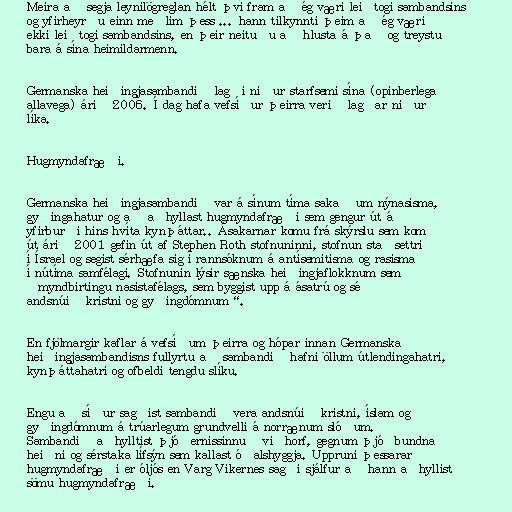
Meira að segja leynilögreglan hélt því fram að ég væri leiðtogi sambandsins
og yfirheyrðu einn meðlim þess ... hann tilkynnti þeim að ég væri
ekki leiðtogi sambandsins, en þeir neituðu að hlusta á það og treystu
bara á sína heimildarmenn.

Germanska heiðingjasambandið lagði niður starfsemi sína (opinberlega
allavega) árið 2006. Í dag hafa vefsíður þeirra verið lagðar niður
líka.

Hugmyndafræði.

Germanska heiðingjasambandið var á sínum tíma sakað um nýnasisma,
gyðingahatur og að aðhyllast hugmyndafræði sem gengur út á
yfirburði hins hvíta kynþáttar.. Ásakarnar komu frá skýrslu sem kom
út árið 2001 gefin út af Stephen Roth stofnuninni, stofnun staðsettri
í Ísrael og segist sérhæfa sig í rannsóknum á antísemitisma og rasisma
í nútíma samfélagi. Stofnunin lýsir sænska heiðingjaflokknum sem
„myndbirtingu nasistafélags, sem byggist upp á ásatrú og sé
andsnúið kristni og gyðingdómnum“.

En fjölmargir kaflar á vefsíðum þeirra og hópar innan Germanska
heiðingjasambandisns fullyrtu að sambandið hafni öllum útlendingahatri,
kynþáttahatri og ofbeldi tengdu slíku.

Engu að síður sagðist sambandið vera andsnúið kristni, íslam og
gyðingdómnum á trúarlegum grundvelli á norrænum slóðum.
Sambandið aðhylltist þjóðernissinnuð viðhorf, gegnum þjóðbundna
heiðni og sérstaka lífsýn sem kallast óðalshyggja. Uppruni þessarar
hugmyndafræði er óljós en Varg Vikernes sagði sjálfur að hann aðhyllist
sömu hugmyndafræði.